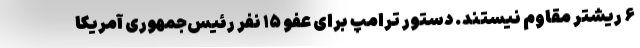
۶ ریشتر مقاوم نیستند. دستور ترامپ برای عفو ۱۵ نفر رئیس‌جمهوری آمریکا